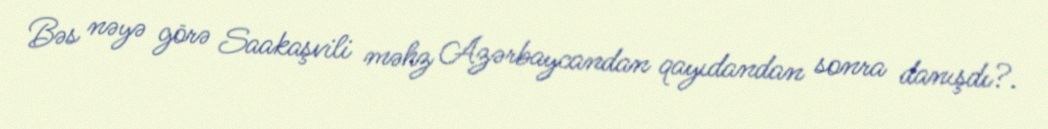
Bəs nəyə görə Saakaşvili məhz Azərbaycandan qayıdandan sonra danışdı?.